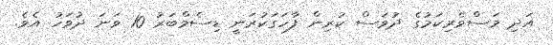
އަދި މަސްވެރިކަމުގެ ދުވަސް ކުރިން ފާހަގަކުރަނީ ޑިސެމްބަރު 10 ވަނަ ދުވަހު އެވެ.